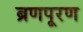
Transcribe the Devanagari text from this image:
ब्रणपूरण